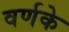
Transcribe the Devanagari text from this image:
वर्णके